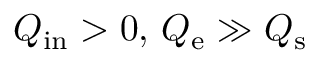
Q _ { \mathrm { i n } } > 0 , \, Q _ { \mathrm { e } } \gg Q _ { \mathrm { s } }